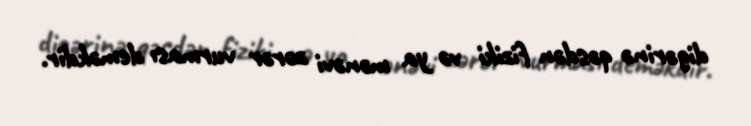
digərinə qəsdən fiziki və ya mənəvi zərər vurması deməkdir.